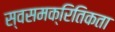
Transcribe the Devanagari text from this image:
स्वसमक्रितिकता